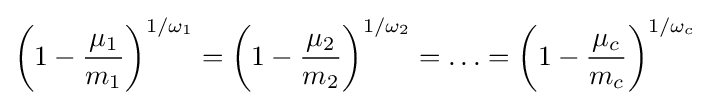
\left(1-{\frac {\mu _{1}}{m_{1}}}\right)^{1/\omega _{1}}=\left(1-{\frac {\mu _{2}}{m_{2}}}\right)^{1/\omega _{2}}=\ldots =\left(1-{\frac {\mu _{c}}{m_{c}}}\right)^{1/\omega _{c}}